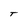
Character: T